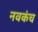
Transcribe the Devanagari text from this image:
नवकंच